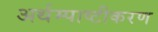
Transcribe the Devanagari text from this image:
अर्थम्पाष्टीकरण